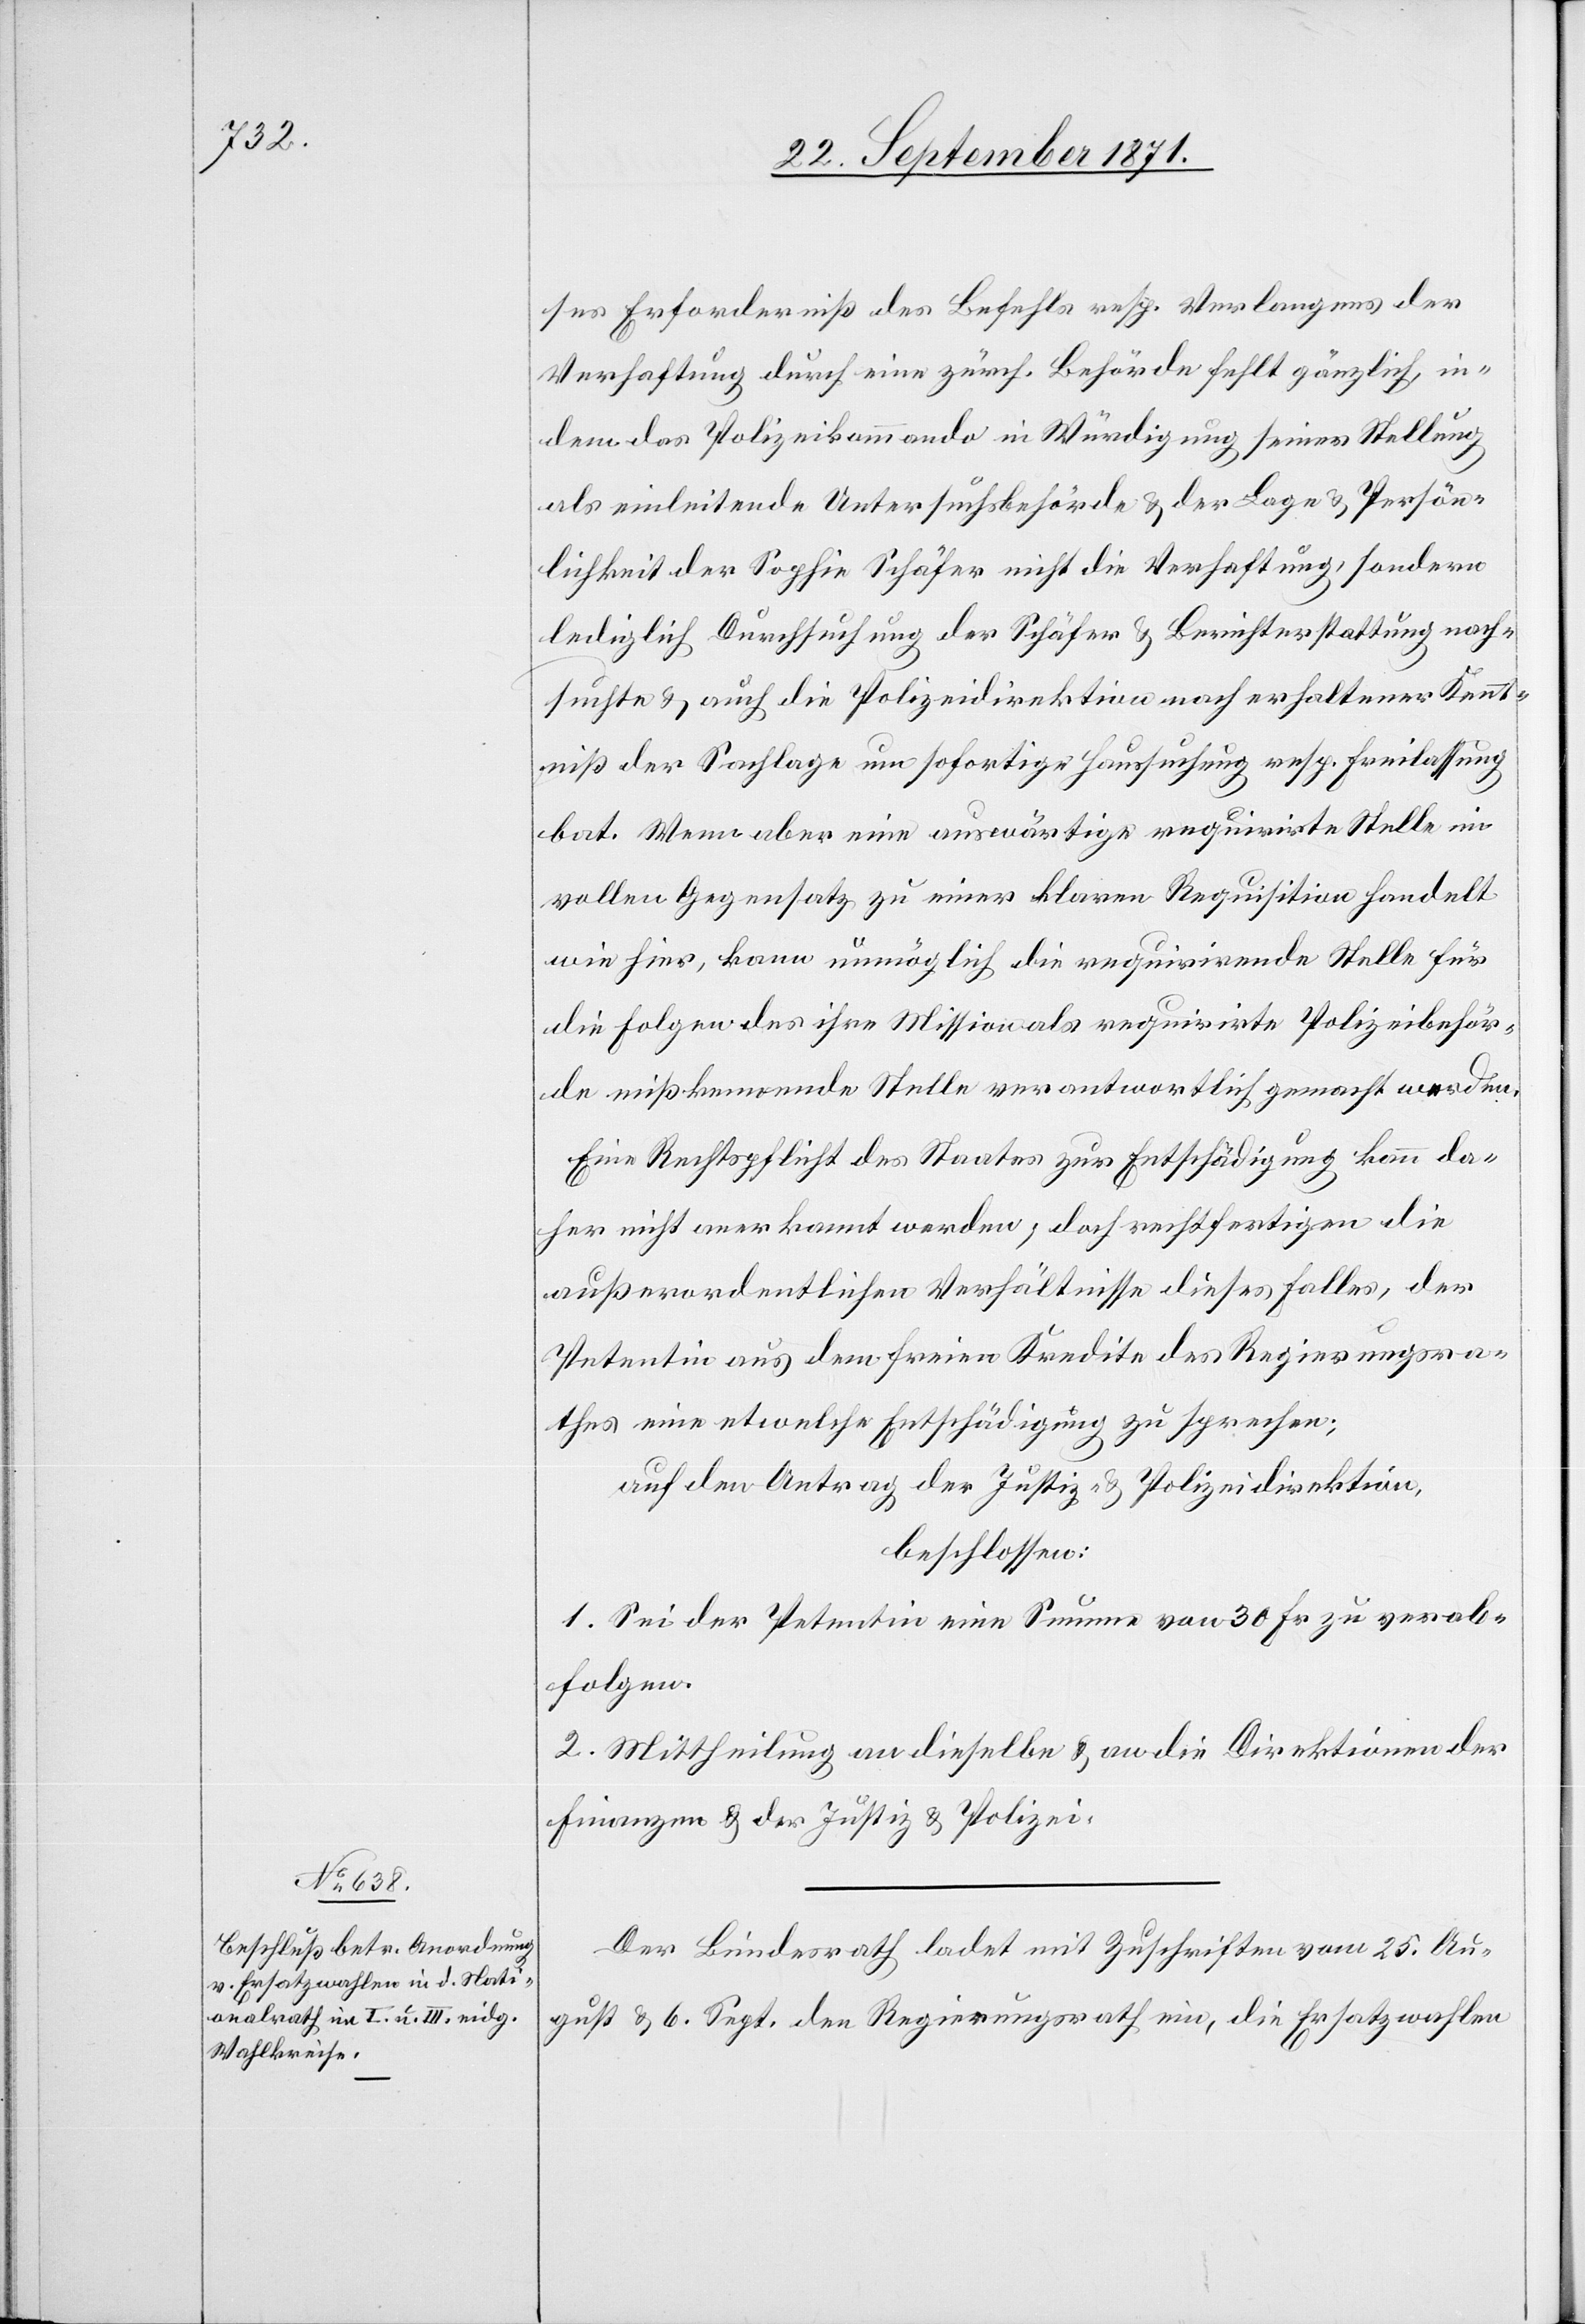
Erforderniß des Befehles resp. Verlangens der
Verhaftung durch eine zürch. Behörde fehlt gänzlich in¬
dem das Polizeikommando in Würdigung seiner Stellung
als einleitende Untersuchsbehörde & der Lage & Persön¬
lichkeit der Sophie Schäfer nicht die Verhaftung, sondern
lediglich Durchsuchung der Schäfer & Berichterstattung nach¬
suchte & auch die Polizeidirektion nach erhaltener Kennt¬
niß der Sachlage um sofortige Haussuchung resp. Freilassung
bat. Wenn aber eine auswärtige requirirte Stelle im
vollen Gegensatz zu einer klaren Requisition handelt
wie hier, kann unmöglich die requirirende Stelle für
die Folgen des ihre Mission als requirirte Polizeibehör¬
de mißkennende [?] Stelle verantwortlich gemacht werden.
Eine Rechtspflicht des Staates zur Entschädigung kann da¬
her nicht anerkannt werden, doch rechtfertigen die
außerordentlichen Verhältnisse dieses Falles, der
Petentin aus dem freien Kredite des Regierungsra¬
thes eine etwelche Entschädigung zu sprechen;
auf den Antrag der Justiz- & Polizeidirektion,
beschlossen:
1. Sei der Petentin eine Summe von 30 Fr. zu verab¬
folgen.
2. Mittheilung an dieselbe & an die Direktion der
Finanzen & der Justiz & Polizei.
Der Bundesrath ladet mit Zuschriften vom 25. Au¬
gust & 6. Sept. den Regierungsrath ein, die Ersatzwahlen